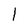
Character: l